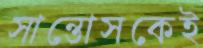
সান্তোসকেই